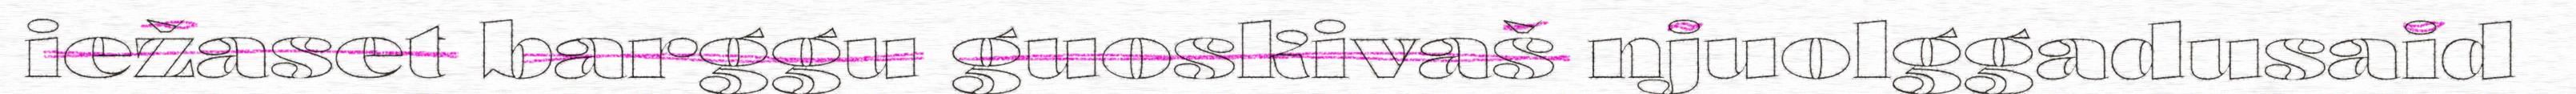
iežaset barggu guoskivaš njuolggadusaid